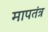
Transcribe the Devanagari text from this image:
मापतंत्र